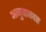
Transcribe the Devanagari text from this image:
अनुवाकात